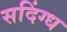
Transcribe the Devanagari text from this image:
सदिंग्ध